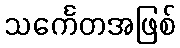
သင်္ကေတအဖြစ်